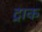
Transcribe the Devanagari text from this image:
ट्राक